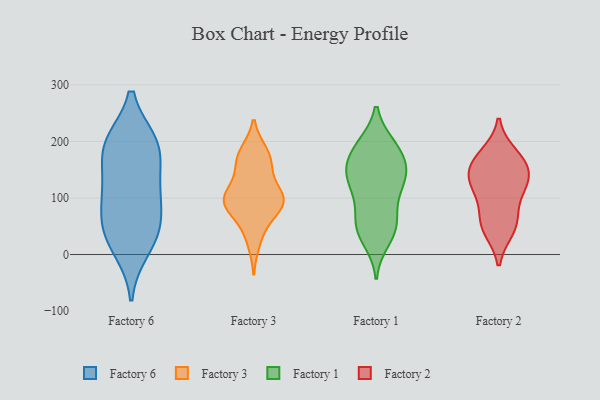
{"axis": {"x": "Satisfaction Score", "y": "Value"}, "legend": ["Factory 1", "Factory 2", "Factory 3", "Factory 6"], "data": [{"x": "", "y": 11, "type": "Factory 6"}, {"x": "", "y": 192, "type": "Factory 6"}, {"x": "", "y": 116, "type": "Factory 6"}, {"x": "", "y": 42, "type": "Factory 6"}, {"x": "", "y": 41, "type": "Factory 6"}, {"x": "", "y": 53, "type": "Factory 6"}, {"x": "", "y": 194, "type": "Factory 6"}, {"x": "", "y": 196, "type": "Factory 6"}, {"x": "", "y": 116, "type": "Factory 6"}, {"x": "", "y": 186, "type": "Factory 6"}, {"x": "", "y": 103, "type": "Factory 6"}, {"x": "", "y": 168, "type": "Factory 3"}, {"x": "", "y": 105, "type": "Factory 3"}, {"x": "", "y": 95, "type": "Factory 3"}, {"x": "", "y": 141, "type": "Factory 3"}, {"x": "", "y": 87, "type": "Factory 3"}, {"x": "", "y": 95, "type": "Factory 3"}, {"x": "", "y": 82, "type": "Factory 3"}, {"x": "", "y": 22, "type": "Factory 3"}, {"x": "", "y": 160, "type": "Factory 3"}, {"x": "", "y": 103, "type": "Factory 3"}, {"x": "", "y": 104, "type": "Factory 3"}, {"x": "", "y": 88, "type": "Factory 3"}, {"x": "", "y": 180, "type": "Factory 3"}, {"x": "", "y": 49, "type": "Factory 3"}, {"x": "", "y": 179, "type": "Factory 3"}, {"x": "", "y": 129, "type": "Factory 1"}, {"x": "", "y": 45, "type": "Factory 1"}, {"x": "", "y": 151, "type": "Factory 1"}, {"x": "", "y": 187, "type": "Factory 1"}, {"x": "", "y": 24, "type": "Factory 1"}, {"x": "", "y": 148, "type": "Factory 1"}, {"x": "", "y": 194, "type": "Factory 1"}, {"x": "", "y": 37, "type": "Factory 1"}, {"x": "", "y": 55, "type": "Factory 1"}, {"x": "", "y": 192, "type": "Factory 1"}, {"x": "", "y": 69, "type": "Factory 1"}, {"x": "", "y": 157, "type": "Factory 1"}, {"x": "", "y": 107, "type": "Factory 1"}, {"x": "", "y": 102, "type": "Factory 1"}, {"x": "", "y": 146, "type": "Factory 1"}, {"x": "", "y": 124, "type": "Factory 1"}, {"x": "", "y": 149, "type": "Factory 1"}, {"x": "", "y": 191, "type": "Factory 1"}, {"x": "", "y": 53, "type": "Factory 1"}, {"x": "", "y": 56, "type": "Factory 2"}, {"x": "", "y": 176, "type": "Factory 2"}, {"x": "", "y": 115, "type": "Factory 2"}, {"x": "", "y": 116, "type": "Factory 2"}, {"x": "", "y": 129, "type": "Factory 2"}, {"x": "", "y": 161, "type": "Factory 2"}, {"x": "", "y": 163, "type": "Factory 2"}, {"x": "", "y": 45, "type": "Factory 2"}, {"x": "", "y": 59, "type": "Factory 2"}, {"x": "", "y": 143, "type": "Factory 2"}]}